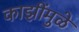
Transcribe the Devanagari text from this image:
काझींमुळे